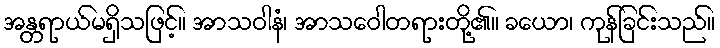
အန္တရာယ်မရှိသဖြင့်။ အာသဝါနံ၊ အာသဝေါတရားတို့၏။ ခယော၊ ကုန်ခြင်းသည်။